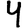
Digit: 4